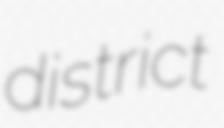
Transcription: district